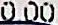
0.00